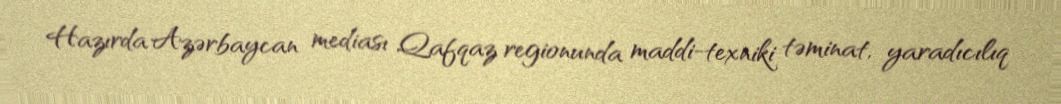
Hazırda Azərbaycan mediası Qafqaz regionunda maddi-texniki təminat, yaradıcılıq